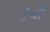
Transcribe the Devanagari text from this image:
हेची